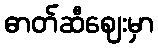
ဓာတ်ဆီဈေးမှာ